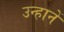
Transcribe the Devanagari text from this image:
उन्हानें